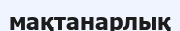
мақтанарлық